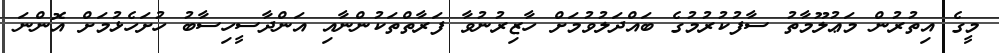
މީގެ އިތުރުން މަޢުލޫމާތު ސާފުކުރުމުގެ ބައްދަލުވުމަށް ހާޒިރުނުވާ ފަރާތްތަކުންނާއި އަންދާސީހިސާބު ހުށަހެޅުމަށް އޮންނަ